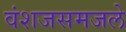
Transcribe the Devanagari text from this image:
वंशजसमजले